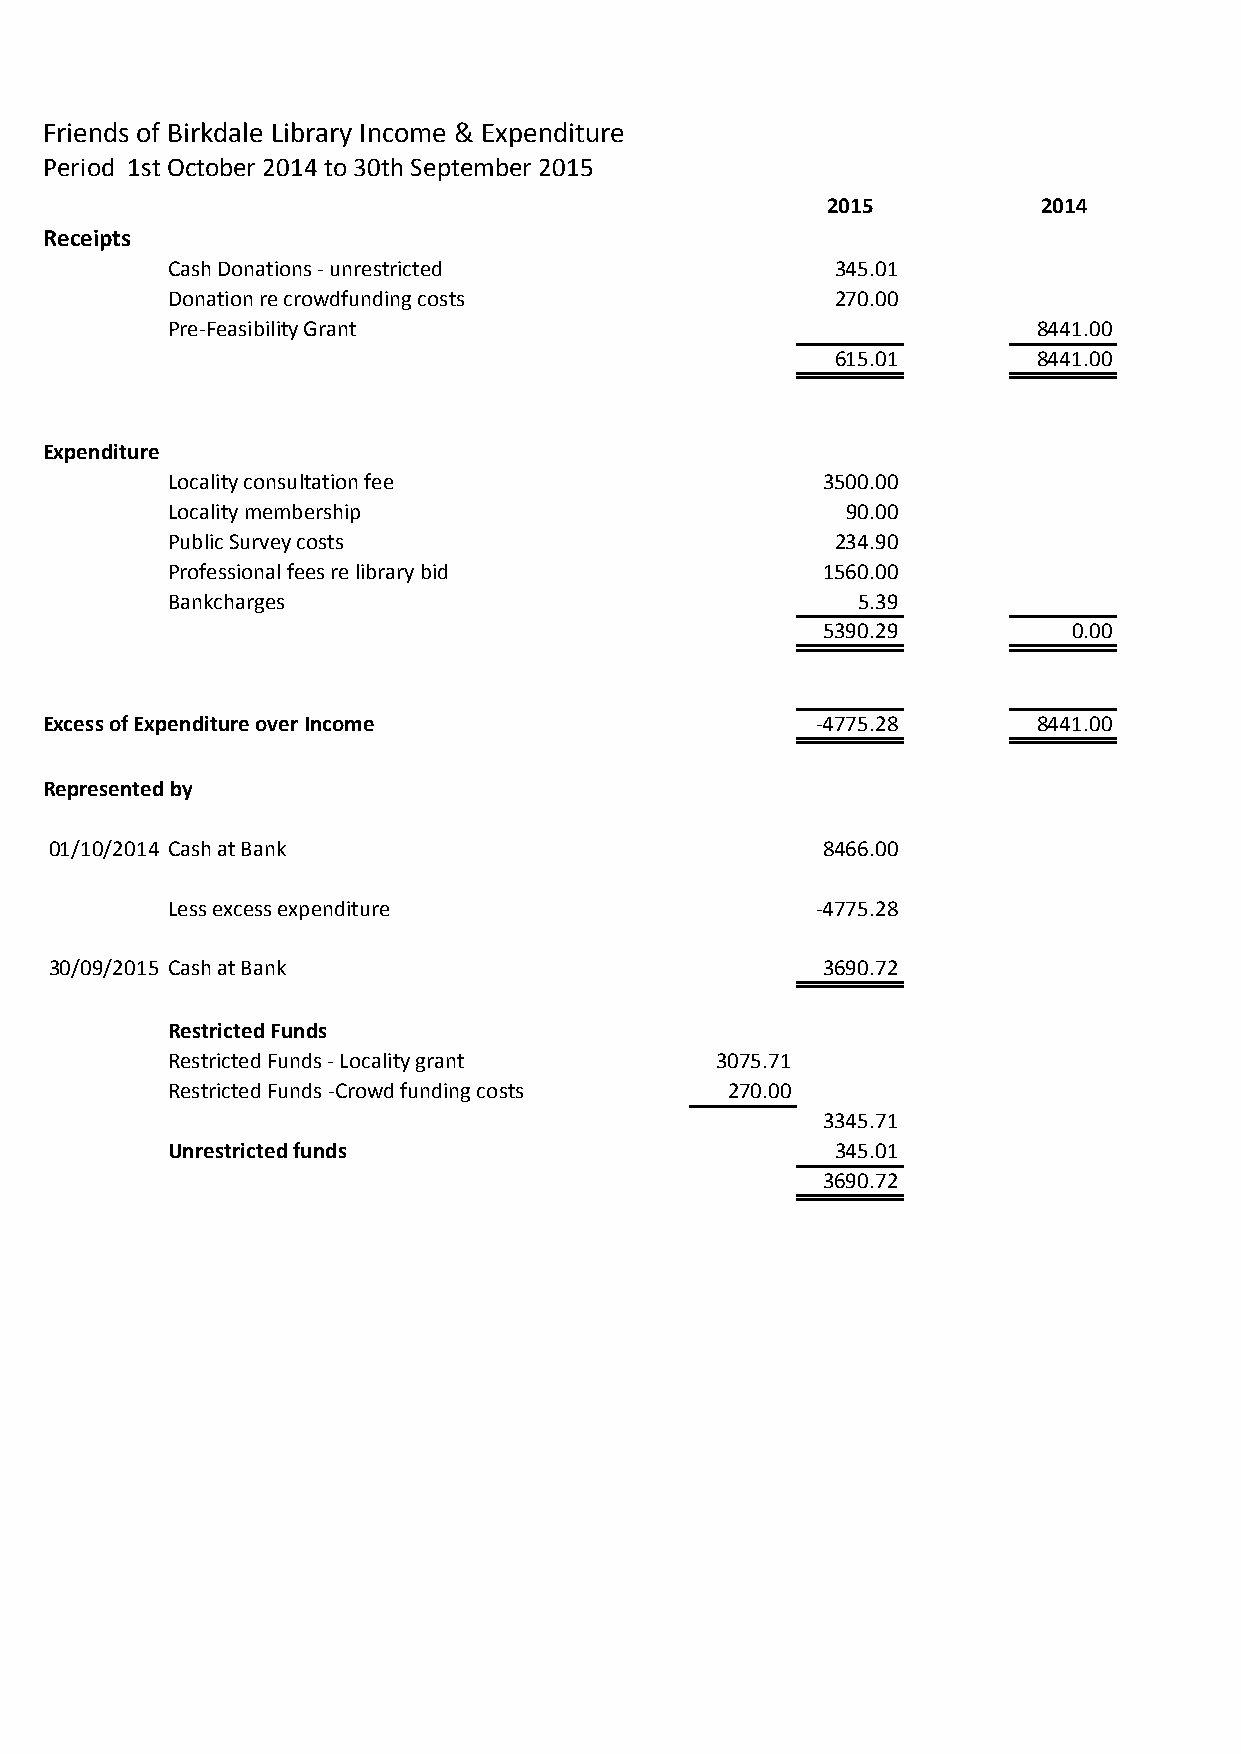
Friends of Birkdale Library Income & Expenditure
 Period 1st October 2014 to 30th September 2015
 2015          2014
 Receipts
 Cash Donations - unrestricted               345.01
 Donation re crowdfunding costs              270.00
 Pre-Feasibility Grant                                     8441.00
 615.01        8441.00
 Expenditure
 Locality consultation fee                  3500.00
 Locality membership                          90.00
 Public Survey costs                         234.90
 Professional fees re library bid           1560.00
 Bankcharges                                   5.39
 5390.29          0.00
 Excess of Expenditure over Income                  -4775.28       8441.00
 Represented by
 01/10/2014 Cash at Bank                            8466.00
 Less excess expenditure                    -4775.28
 30/09/2015 Cash at Bank                            3690.72
 Restricted Funds
 Restricted Funds - Locality grant   3075.71
 Restricted Funds -Crowd funding costs 270.00
 3345.71
 Unrestricted funds                          345.01
 3690.72